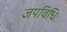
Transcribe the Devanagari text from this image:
जपविधिः